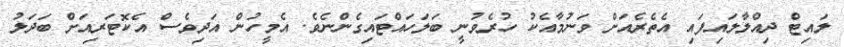
ލައިޓް ދިއްލާލައިފައި އެތެރެއަށް ވަނުމާއެކު ހުރެވުނީ ބަލަހައްޓައިގެންނެވެ. އެމީހުން އަދިވެސް އެކޮޓަރިއަށް ބަދަލު